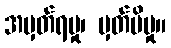
အမှတ်ရမှု၊ မှတ်မိမှု။